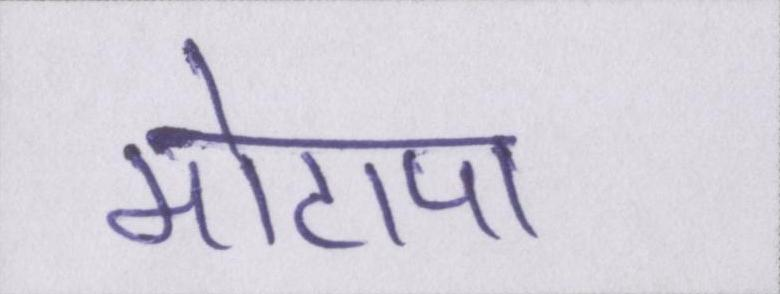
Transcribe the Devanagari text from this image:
मोटापा